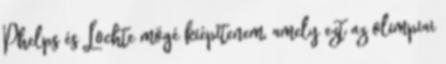
Phelps és Lochte mögé kiépítenem, amely ezt az olimpiai